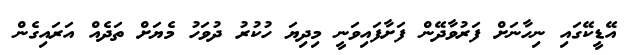
އޭޑީކޭގައި ނިހާނަށް ފަރުވާދޭން ފަށާފައިވަނީ މިދިޔަ ހުކުރު ދުވަހު މެޔަށް ތަދެއް އަރައިގެން